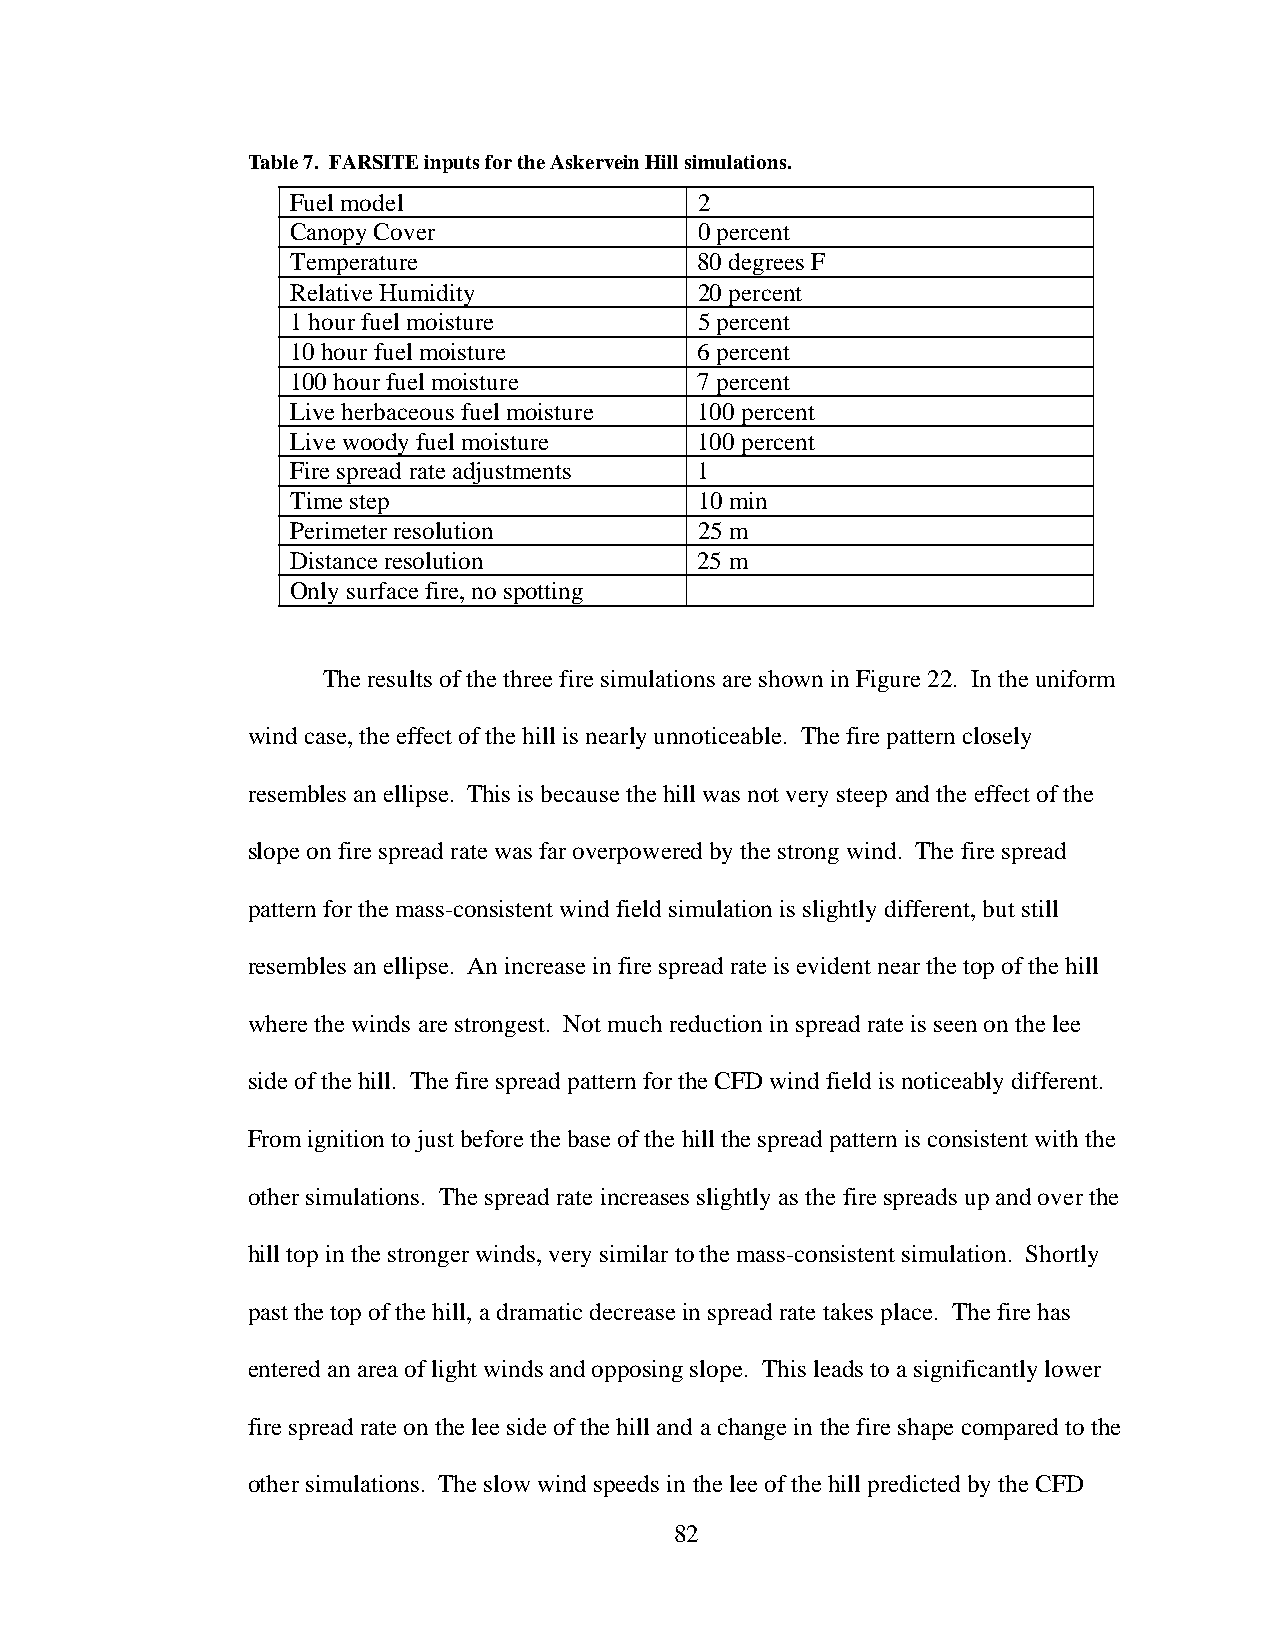
Table 7. FARSITE inputs for the Askervein Hill simulations.
 Fuel model                 2
 Canopy Cover               0 percent
 Temperature                80 degrees F
 Relative Humidity          20 percent
 1 hour fuel moisture       5 percent
 10 hour fuel moisture      6 percent
 100 hour fuel moisture     7 percent
 Live herbaceous fuel moisture 100 percent
 Live woody fuel moisture   100 percent
 Fire spread rate adjustments 1
 Time step                  10 min
 Perimeter resolution       25 m
 Distance resolution        25 m
 Only surface fire, no spotting
 The results of the three fire simulations are shown in Figure 22. In the uniform
 wind case, the effect of the hill is nearly unnoticeable. The fire pattern closely
 resembles an ellipse. This is because the hill was not very steep and the effect of the
 slope on fire spread rate was far overpowered by the strong wind. The fire spread
 pattern for the mass-consistent wind field simulation is slightly different, but still
 resembles an ellipse. An increase in fire spread rate is evident near the top of the hill
 where the winds are strongest. Not much reduction in spread rate is seen on the lee
 side of the hill. The fire spread pattern for the CFD wind field is noticeably different.
 From ignition to just before the base of the hill the spread pattern is consistent with the
 other simulations. The spread rate increases slightly as the fire spreads up and over the
 hill top in the stronger winds, very similar to the mass-consistent simulation. Shortly
 past the top of the hill, a dramatic decrease in spread rate takes place. The fire has
 entered an area of light winds and opposing slope. This leads to a significantly lower
 fire spread rate on the lee side of the hill and a change in the fire shape compared to the
 other simulations. The slow wind speeds in the lee of the hill predicted by the CFD
 82